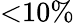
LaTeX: \textless 10\%